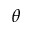
\theta